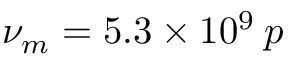
\nu _ { m } = 5 . 3 \times 1 0 ^ { 9 } \: p